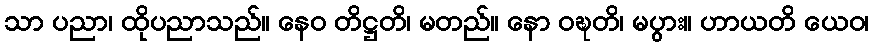
သာ ပညာ၊ ထိုပညာသည်။ နေဝ တိဋ္ဌတိ၊ မတည်။ နော ဝဍ္ဎတိ၊ မပွား။ ဟာယတိ ယေဝ၊